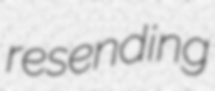
resending